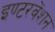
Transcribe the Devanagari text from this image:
इण्टरवेंशन